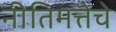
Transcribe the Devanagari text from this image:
नीतिमत्तेचे